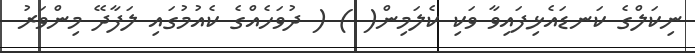
ނިކަލްގެ ކަނޑައެޅިފައިވާ ވަކި ކެލަމިން( ) ( ދުވަހެއްގެ ކެއުމުގައި ލަފާދޭ މިންވަރު